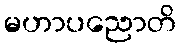
မဟာပညောတိ